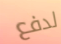
لدفع